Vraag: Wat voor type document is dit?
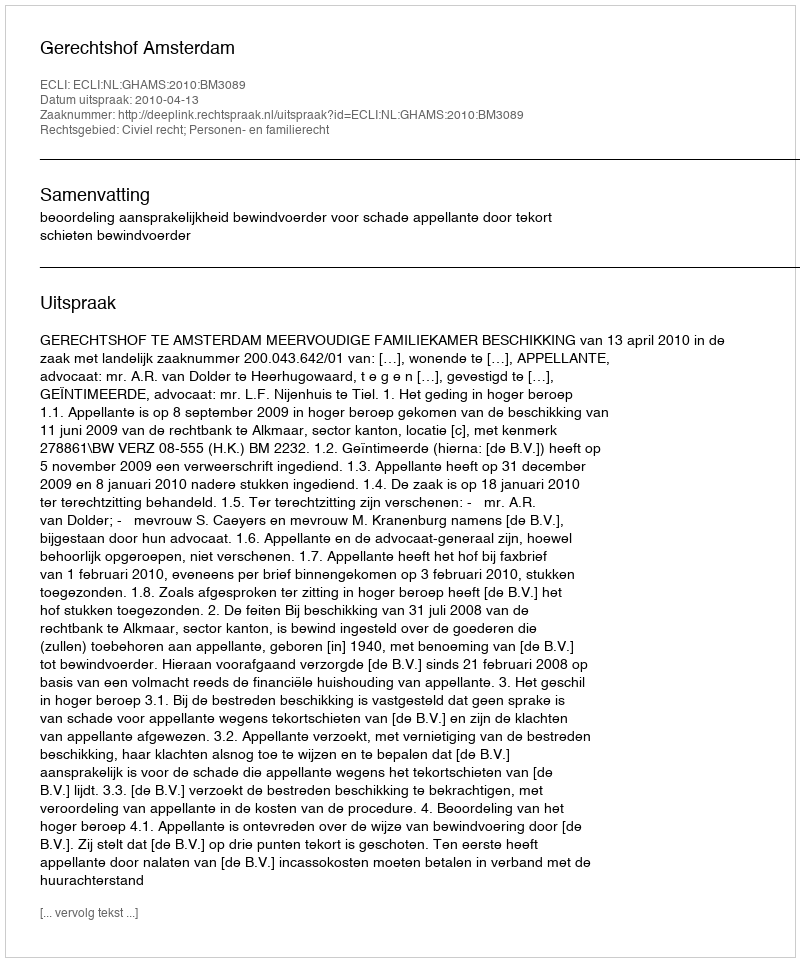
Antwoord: Uitspraak